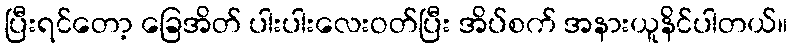
ပြီးရင်တော့ ခြေအိတ် ပါးပါးလေးဝတ်ပြီး အိပ်စက် အနားယူနိင်ပါတယ်။